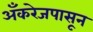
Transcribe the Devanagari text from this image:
अँकरेजपासून